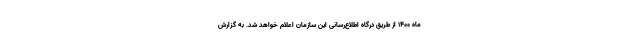
ماه ۱۴۰۰ از طریق درگاه اطلاع‌رسانی این سازمان اعلام خواهد شد. به گزارش